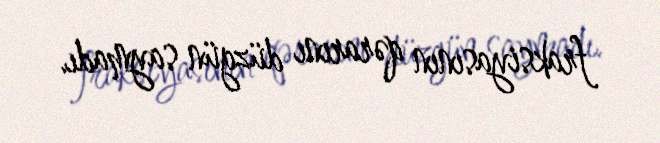
fraksiyasının qərarını düzgün saymadı.